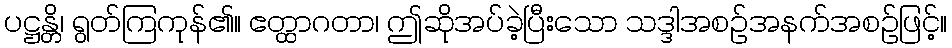
ပဋ္ဌန္တိ၊ ရွတ်ကြကုန်၏။ ဧတ္ထာဂတာ၊ ဤဆိုအပ်ခဲ့ပြီးသော သဒ္ဒါအစဉ်အနက်အစဉ်ဖြင့်။